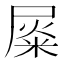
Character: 𡲴